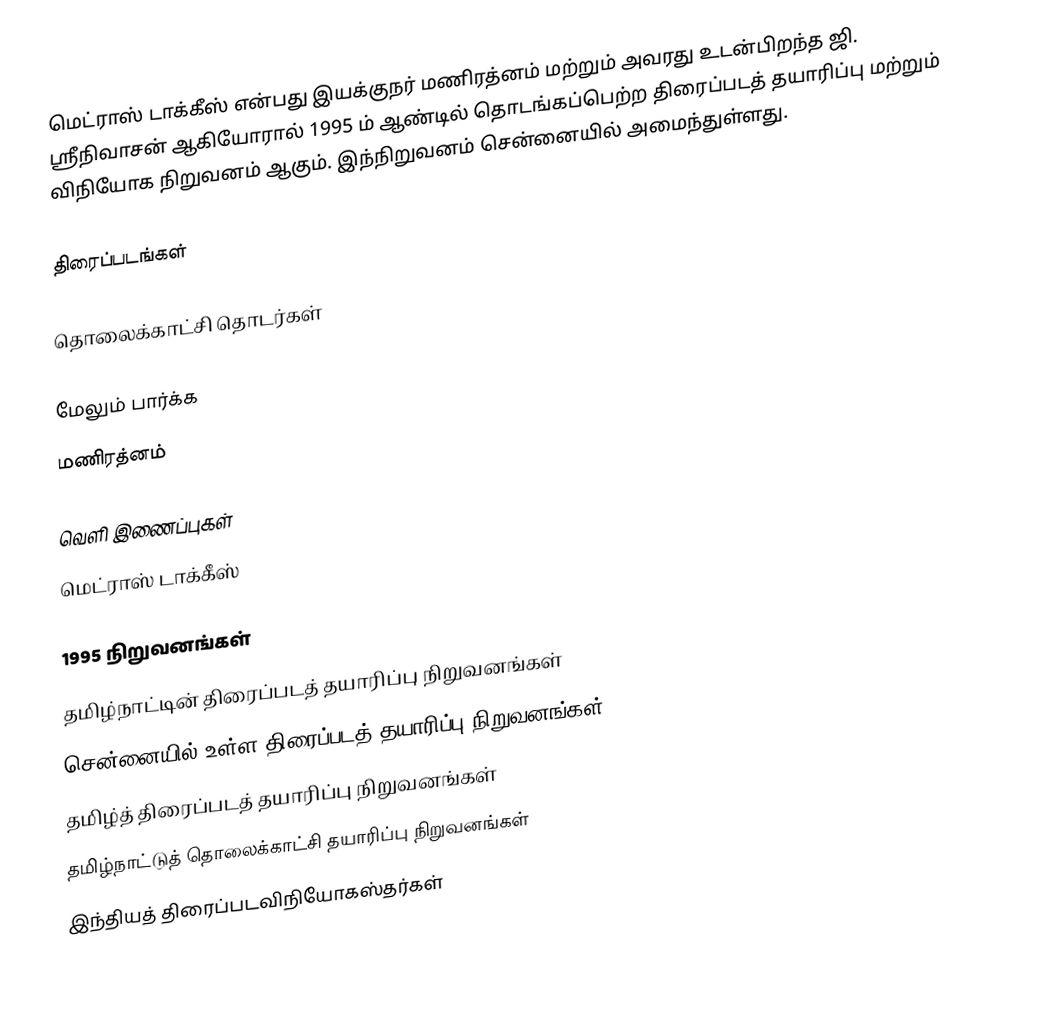
மெட்ராஸ் டாக்கீஸ் என்பது இயக்குநர் மணிரத்னம் மற்றும் அவரது உடன்பிறந்த ஜி. ஸ்ரீநிவாசன் ஆகியோரால் 1995 ம் ஆண்டில் தொடங்கப்பெற்ற திரைப்படத் தயாரிப்பு மற்றும் விநியோக நிறுவனம் ஆகும். இந்நிறுவனம் சென்னையில் அமைந்துள்ளது.

திரைப்படங்கள்

தொலைக்காட்சி தொடர்கள்

மேலும் பார்க்க
 மணிரத்னம்

வெளி இணைப்புகள்
 மெட்ராஸ் டாக்கீஸ்

1995 நிறுவனங்கள்
தமிழ்நாட்டின் திரைப்படத் தயாரிப்பு நிறுவனங்கள்
சென்னையில் உள்ள திரைப்படத் தயாரிப்பு நிறுவனங்கள்
தமிழ்த் திரைப்படத் தயாரிப்பு நிறுவனங்கள்
தமிழ்நாட்டுத் தொலைக்காட்சி தயாரிப்பு நிறுவனங்கள்
இந்தியத் திரைப்படவிநியோகஸ்தர்கள்